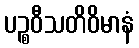
ပဉ္စဝီသတိဝိမာနံ